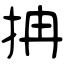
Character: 抩